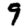
Digit: 9